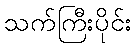
သက်ကြီးပိုင်း